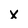
Character: x